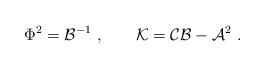
LaTeX: \begin{align*}\Phi^2={\cal B}^{-1}\ ,\hskip 0.8 cm {\cal K}={\cal C}{\cal B}-{\cal A}^2 \ .\end{align*}